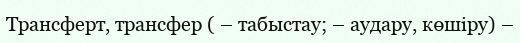
Трансферт, трансфер ( – табыстау; – аудару, көшіру) –